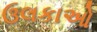
ઉલકાઓ